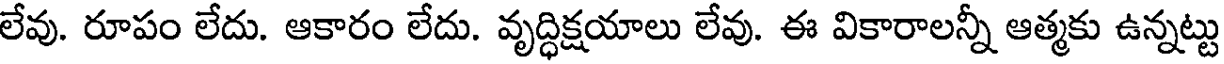
లేవు. రూపం లేదు. ఆకారం లేదు. వృద్ధిక్షయాలు లేవు. ఈ వికారాలన్నీ ఆత్మకు ఉన్నట్టు